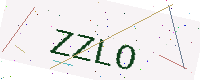
Text: ZZLO